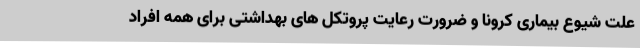
علت شیوع بیماری کرونا و ضرورت رعایت پروتکل های بهداشتی برای همه افراد